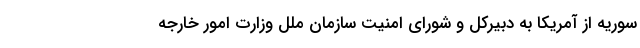
سوریه از آمریکا به دبیرکل و شورای امنیت سازمان ملل وزارت امور خارجه